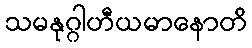
သမနုဂ္ဂါဟီယမာနောတိ